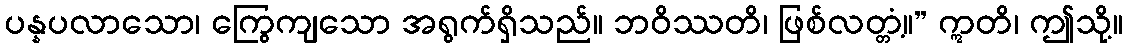
ပန္နပလာသော၊ ကြွေကျသော အရွက်ရှိသည်။ ဘဝိဿတိ၊ ဖြစ်လတ္တံ့။” ဣတိ၊ ဤသို့။